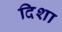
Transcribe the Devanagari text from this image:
दिशा